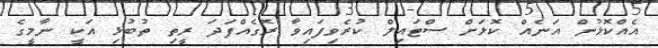
އެއްކޮޅުން އަނެއް ކޮޅަށް ސްޓައިލް ކުރެވިފައިވާ ރޮގެއްފަދަ ރީތި ތުބުޅި އަކީ ނާމީގެ